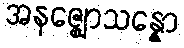
အနဇ္ဈောသန္နော